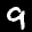
Label: 9